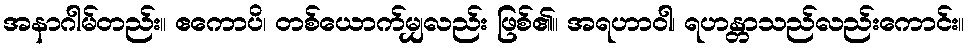
အနာဂါမ်တည်း။ ဧကောပိ၊ တစ်ယောက်မျှလည်း ဖြစ်၏။ အရဟာဝါ၊ ရဟန္တာသည်လည်းကောင်း။